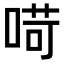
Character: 𠶾